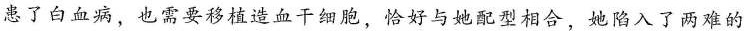
患了白血病，也需要移植造血干细胞，恰好与她配型相合，她陷入了两难的